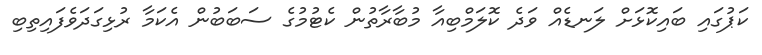
ކަޕުގައި ބައިކޮޅަށް ލަނޑެއް ވަދެ ކޮލަމްބިއާ މުބާރާތުން ކެޓުމުގެ ސަބަބުން އެކަމާ ރުޅިގަދަވެފައިތިބި